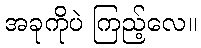
အခုကိုပဲ ကြည့်လေ။